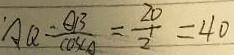
\cdot A Q = \frac { Q B } { \cos \angle A } = \frac { 2 0 } { 2 } = 4 0